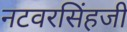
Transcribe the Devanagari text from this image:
नटवरसिंहजी